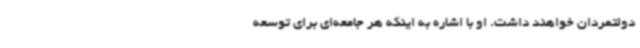
دولتمردان خواهند داشت. او با اشاره به اینکه هر جامعه‌ای برای توسعه